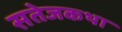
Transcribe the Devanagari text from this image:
सतेजकथा